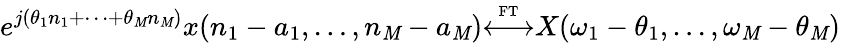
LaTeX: e^{j(\theta_{1}n_{1}+\cdots+\theta_{\mathit{M}}n_{\mathit{M}})}x(n_{1}-a_{1},\ldots,n_{\mathit{M}}-a_{\mathit{M}}){\overset{\underset{\mathrm{{FT}}}{}}{\longleftrightarrow}}X(\omega_{1}-\theta_{1},\ldots,\omega_{\mathit{M}}-\theta_{\mathit{M}})